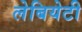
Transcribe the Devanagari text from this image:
लेबियेटी